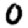
Digit: 0